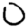
Digit: 0